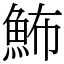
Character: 𩶉